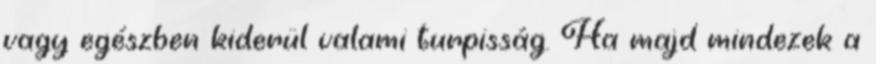
vagy egészben kiderül valami turpisság. Ha majd mindezek a